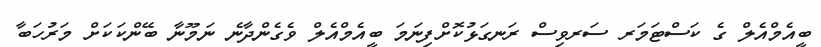
ބީއެމްއެލް ގެ ކަސްޓަމަރ ސަރވިސް ރަނގަޅުކޮށްފިނަމަ ބީއެމްއެލް ވެގެންދާނެ ނަމޫނާ ބޭންކަކަށް މަރުހަބާ